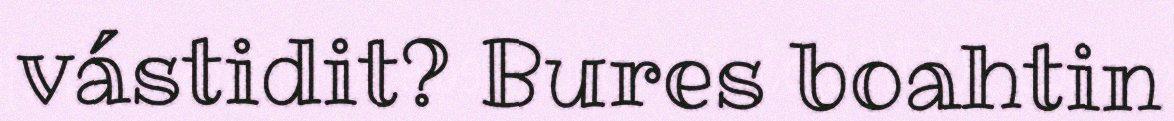
vástidit? Bures boahtin